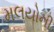
મલયોની